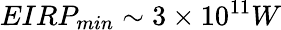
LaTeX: EIRP_{min}\sim 3\times 10^{11}W